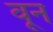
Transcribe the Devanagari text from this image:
वून